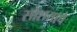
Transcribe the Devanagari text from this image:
सोंशयाचे